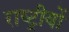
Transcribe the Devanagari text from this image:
राष्ट्रीयों